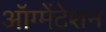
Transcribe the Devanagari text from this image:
ऑग्मेंटेशन